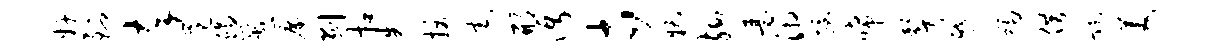
奸到卒范蝎咒帘剥扣先拔宅邢沔市糟殉瑟湘握唏声蹙蠲借跎美